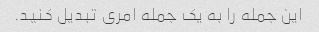
این جمله را به یک جمله امری تبدیل کنید.